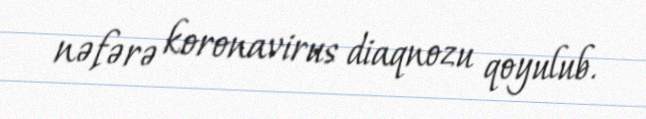
nəfərə koronavirus diaqnozu qoyulub.